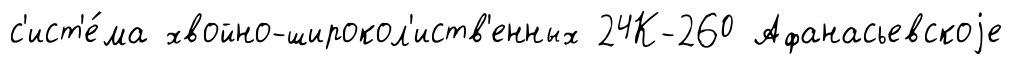
с'ист'е́ма хвойно-широкол'иств'енных 24К-260 Афанасьевскоjе